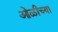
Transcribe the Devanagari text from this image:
ओळीच्या